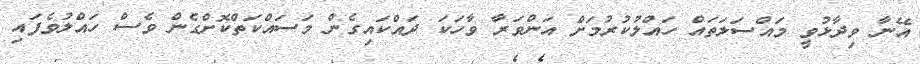
އޭނާ ވިދާޅުވީ މައްސަލަތައް ހައްލުކުރުމަށް އަންވަރާ ވާހަކަ ދައްކައިގެން މަސައްކަތްކޮށްގެން ވެސް ހައްލުވެފައި